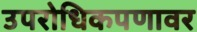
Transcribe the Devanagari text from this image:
उपरोधिकपणावर